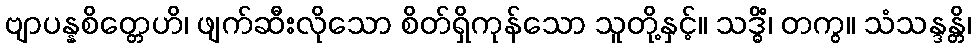
ဗျာပန္နစိတ္တေဟိ၊ ဖျက်ဆီးလိုသော စိတ်ရှိကုန်သော သူတို့နှင့်။ သဒ္ဓိံ၊ တကွ။ သံသန္ဒန္တိ၊